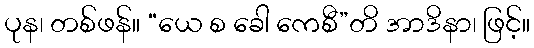
ပုန၊ တစ်ဖန်။ “ယေ စ ခေါ ကေစီ”တိ အာဒိနာ၊ ဖြင့်။